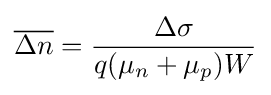
{\overline {\Delta n}}={\frac {\Delta \sigma }{q(\mu _{n}+\mu _{p})W}}